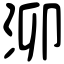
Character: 泖